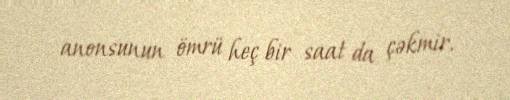
anonsunun ömrü heç bir saat da çəkmir.